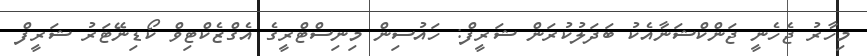
މިހާރު ޖެހެނީ ޖަންކްޝަނާއެކު ބަދަލުކުރަން ޝަރީފް: ހައުސިން މިނިސްޓްރީގެ އެގްޒެކްޓިވް ކޯޑިނޭޓަރު ޝަރީފް